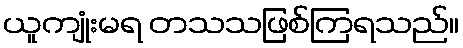
ယူကျုံးမရ တသသဖြစ်ကြရသည်။